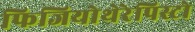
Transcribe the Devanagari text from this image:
फिजियोथेरेपिस्टो